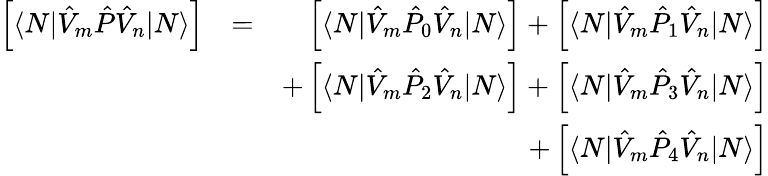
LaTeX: \begin{array}{rlr}{\left[\langle N|\hat{V}_{m}\hat{P}\hat{V}_{n}|N\rangle\right]}&{=}&{\left[\langle N|\hat{V}_{m}\hat{P}_{0}\hat{V}_{n}|N\rangle\right]+\left[\langle N|\hat{V}_{m}\hat{P}_{1}\hat{V}_{n}|N\rangle\right]}\\ &{}&{+\left[\langle N|\hat{V}_{m}\hat{P}_{2}\hat{V}_{n}|N\rangle\right]+\left[\langle N|\hat{V}_{m}\hat{P}_{3}\hat{V}_{n}|N\rangle\right]}\\ &{}&{+\left[\langle N|\hat{V}_{m}\hat{P}_{4}\hat{V}_{n}|N\rangle\right]}\end{array}